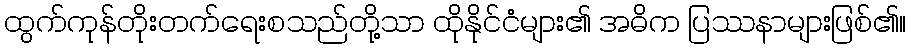
ထွက်ကုန်တိုးတက်ရေးစသည်တို့သာ ထိုနိုင်ငံများ၏ အဓိက ပြဿနာများဖြစ်၏။